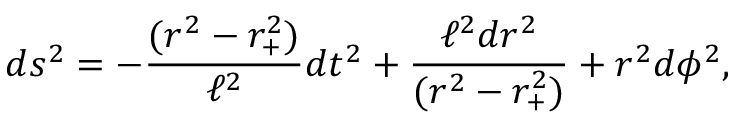
d s ^ { 2 } = - { \frac { ( r ^ { 2 } - r _ { + } ^ { 2 } ) } { \ell ^ { 2 } } } d t ^ { 2 } + { \frac { \ell ^ { 2 } d r ^ { 2 } } { ( r ^ { 2 } - r _ { + } ^ { 2 } ) } } + r ^ { 2 } d \phi ^ { 2 } ,